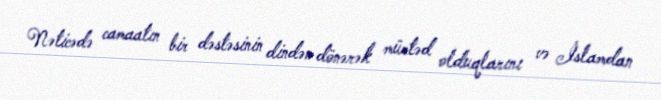
Nəticədə camaatın bir dəstəsinin dindən dönərək mürtəd olduqlarını və İslamdan